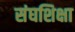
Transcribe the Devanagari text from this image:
संघशिक्षा